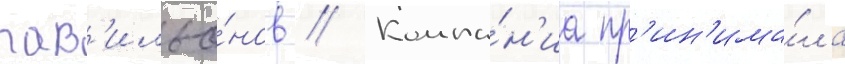
пав'ильо́нов // Компа́н'иа пр'ин'има́ла